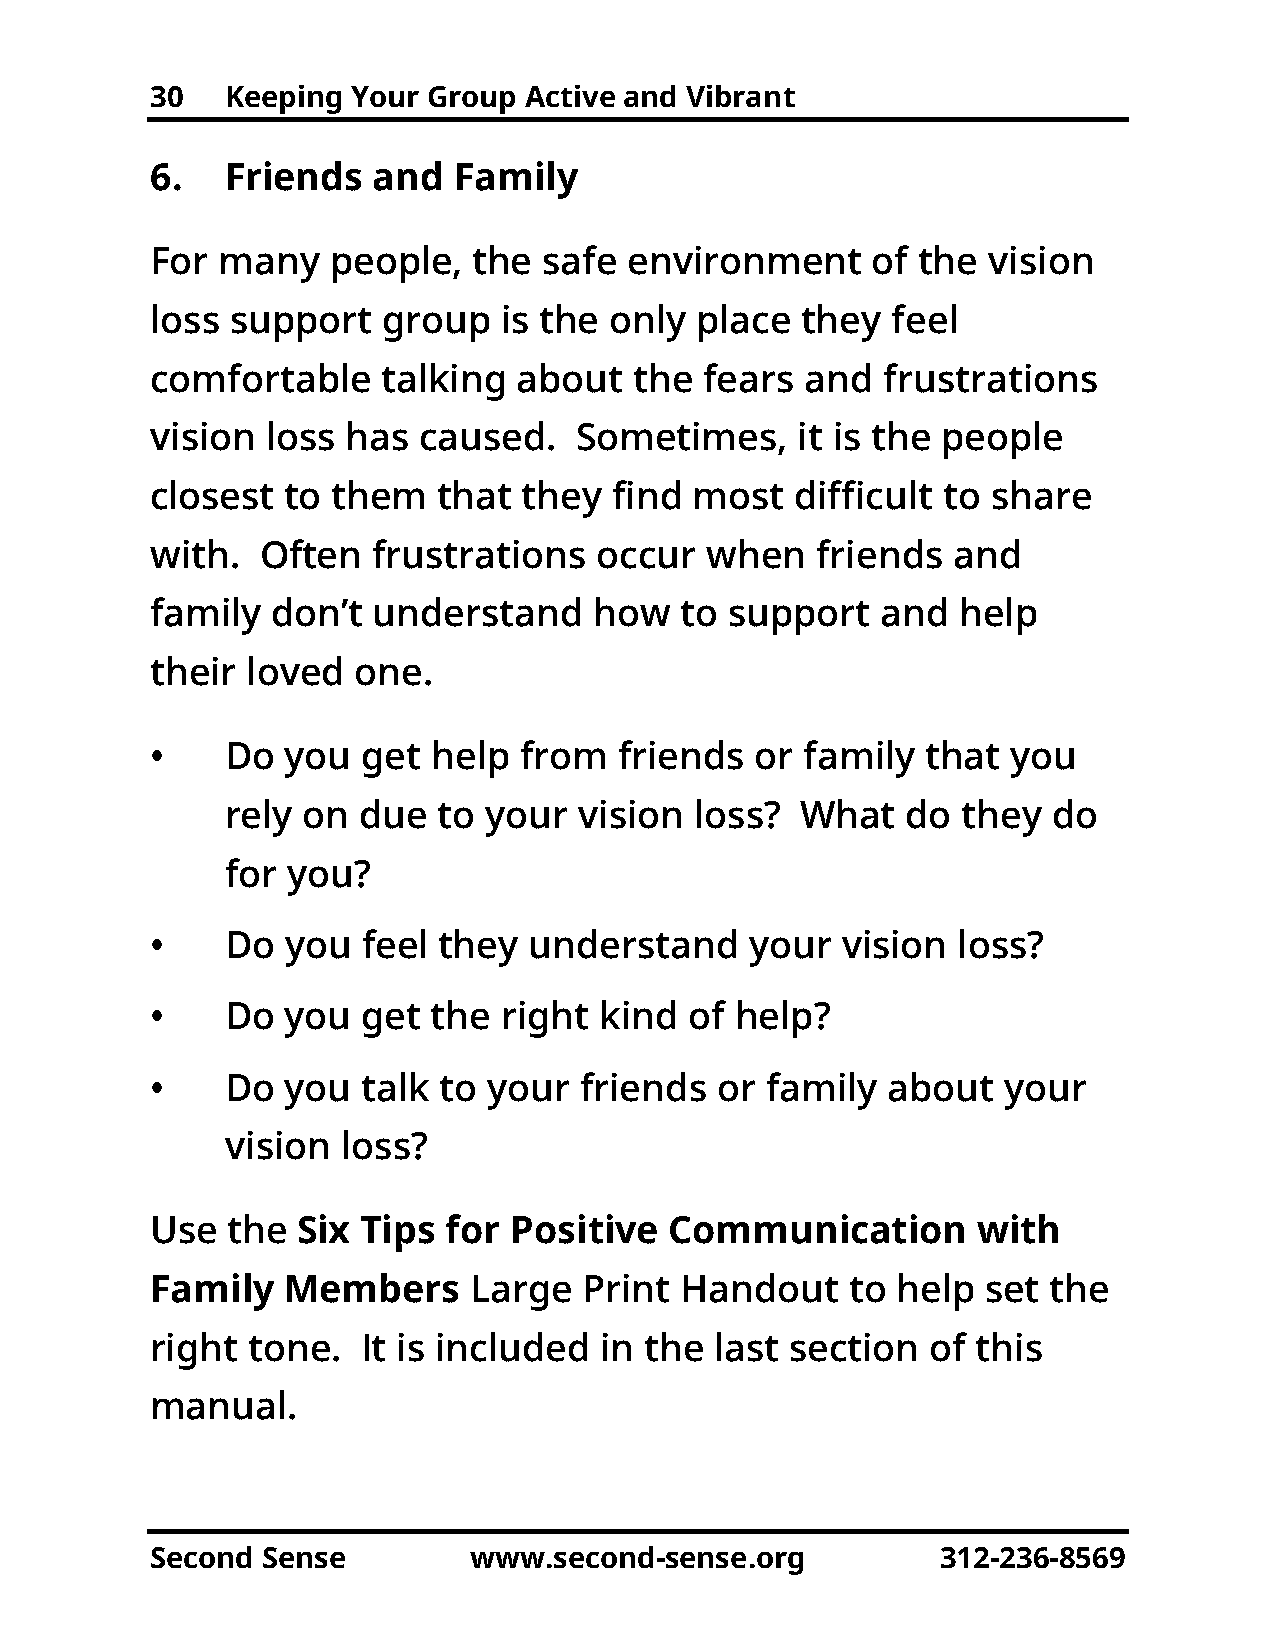
30   Keeping Your Group  Active and Vibrant
 6.   Friends   and  Family
 For many    people,  the  safe  environment     of the vision
 loss support   group   is the only  place  they  feel
 comfortable    talking  about   the  fears and  frustrations
 vision  loss has  caused.   Sometimes,     it is the people
 closest  to them   that  they  find most   difficult to share
 with.  Often   frustrations   occur  when   friends  and
 family  don’t  understand    how   to support   and   help
 their loved  one.
 •    Do  you  get  help from   friends  or family  that  you
 rely on  due  to your  vision  loss?  What   do  they  do
 for you?
 •    Do  you  feel they  understand     your  vision loss?
 •    Do  you  get  the right  kind  of help?
 •    Do  you  talk to your  friends  or  family  about  your
 vision  loss?
 Use  the  Six Tips  for Positive  Communication        with
 Family   Members     Large   Print Handout    to help  set the
 right tone.   It is included  in the last section   of this
 manual.
 Second Sense         www.second-sense.org           312-236-8569